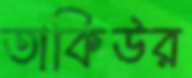
তাকিউর